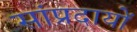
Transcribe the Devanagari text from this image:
सांप्रदायों